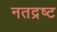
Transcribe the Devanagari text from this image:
नतद्रष्ट